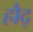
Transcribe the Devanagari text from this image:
हौद्